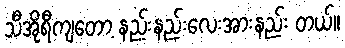
သီအိုရီကျတော့ နည်းနည်းလေးအားနည်း တယ်။